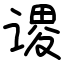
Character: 谡